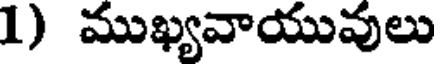
1) ముఖ్యవాయువులు